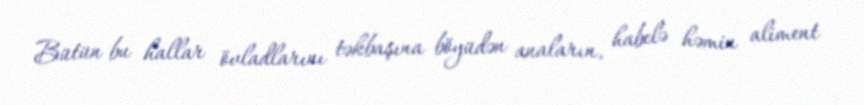
Bütün bu hallar övladlarını təkbaşına böyüdən anaların, habelə həmin aliment